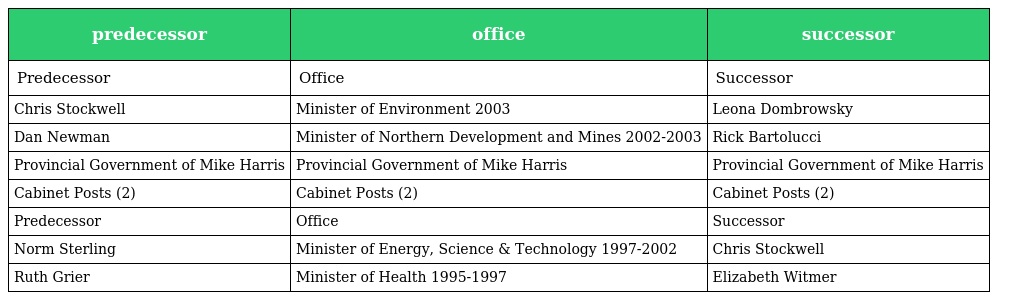
| predecessor | office | successor |
 | --- | --- | --- |
 | Predecessor | Office | Successor |
 | Chris Stockwell | Minister of Environment 2003 | Leona Dombrowsky |
 | Dan Newman | Minister of Northern Development and Mines 2002-2003 | Rick Bartolucci |
 | Provincial Government of Mike Harris | Provincial Government of Mike Harris | Provincial Government of Mike Harris |
 | Cabinet Posts (2) | Cabinet Posts (2) | Cabinet Posts (2) |
 | Predecessor | Office | Successor |
 | Norm Sterling | Minister of Energy, Science & Technology 1997-2002 | Chris Stockwell |
 | Ruth Grier | Minister of Health 1995-1997 | Elizabeth Witmer |